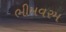
ભીમવરમ